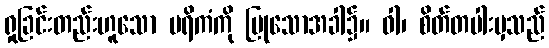
ရှုခြင်းတည်းဟူသော ပရိကံကို ပြုသောအခါ၌။ ဝါ၊ စိတ်တပါးမှသည်